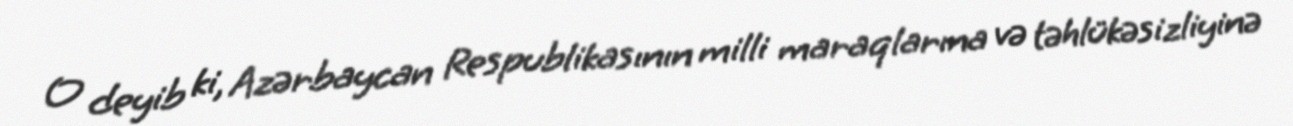
O deyib ki, Azərbaycan Respublikasının milli maraqlarına və təhlükəsizliyinə